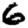
Digit: 6